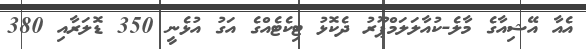
އެއާ އޭޝިއާގެ މާލެ-ކުއާލަލަމްޕޫރު ދެކޮޅު ޓިކެޓެއްގެ އަގު އުޅެނީ 350 ޑޮލަރާއި 380